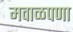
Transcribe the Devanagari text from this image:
मवाळपणा